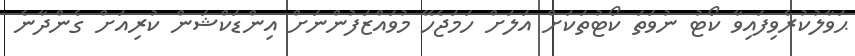
ޙަވާލުކުރެވިފައިވާ ކޯޓު ނުވަތަ ކޯޓުތަކަށް އަލަށް ހަމަޖެހޭ މުވައްޒަފުންނަށް އިންޑަކްޝަން ކުރިއަށް ގެންދާނެ